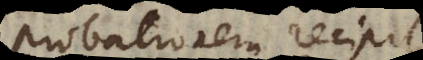
probationem recip